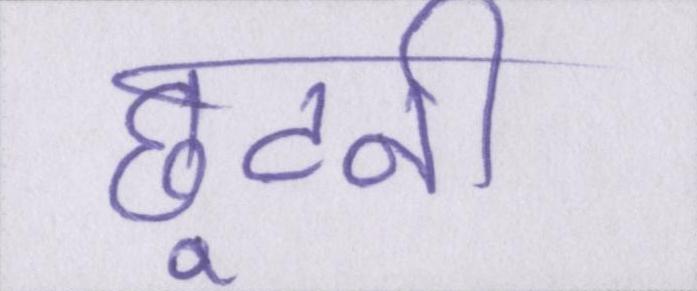
छूटनी